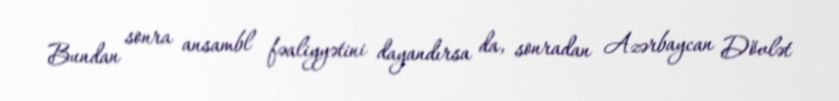
Bundan sonra ansambl fəaliyyətini dayandırsa da, sonradan Azərbaycan Dövlət